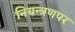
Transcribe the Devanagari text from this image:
नियन्त्रणपर